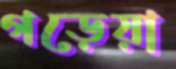
গড়েয়া